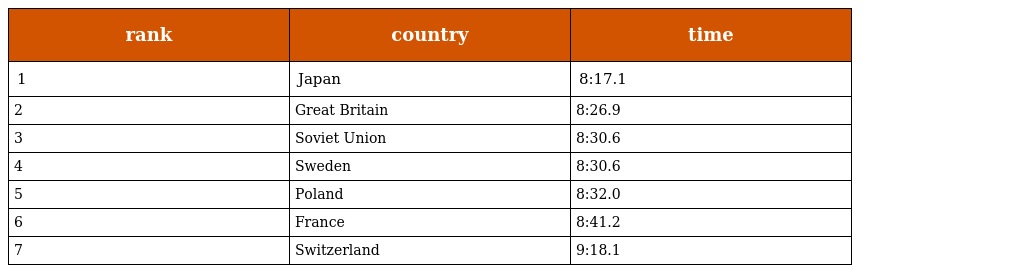
| rank | country | time |
 | --- | --- | --- |
 | 1 | Japan | 8:17.1 |
 | 2 | Great Britain | 8:26.9 |
 | 3 | Soviet Union | 8:30.6 |
 | 4 | Sweden | 8:30.6 |
 | 5 | Poland | 8:32.0 |
 | 6 | France | 8:41.2 |
 | 7 | Switzerland | 9:18.1 |